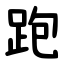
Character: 跑